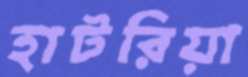
হাটরিয়া